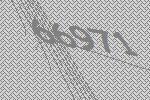
66971